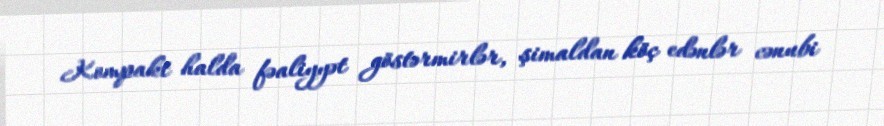
Kompakt halda fəaliyyət göstərmirlər, şimaldan köç edənlər cənubi